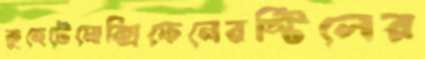
কুহেটেমোক্সিফেনেরস্টিলের